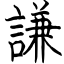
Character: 謙